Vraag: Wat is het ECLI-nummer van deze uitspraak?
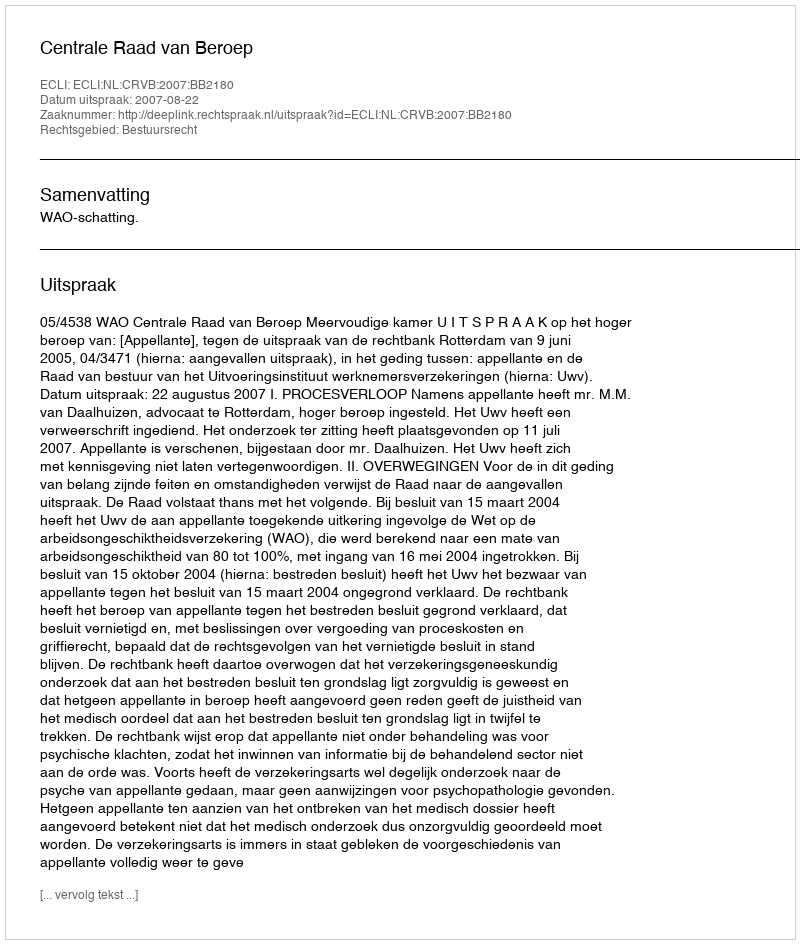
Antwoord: ECLI:NL:CRVB:2007:BB2180